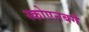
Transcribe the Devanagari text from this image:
स्कोएनबर्ग